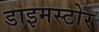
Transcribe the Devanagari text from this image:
डाइमस्टोर